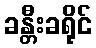
ခန္တီးခရိုင်